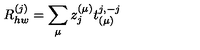
R _ { h w } ^ { ( j ) } = \sum _ { \mu } z _ { j } ^ { ( \mu ) } t _ { ( \mu ) } ^ { j , - j }